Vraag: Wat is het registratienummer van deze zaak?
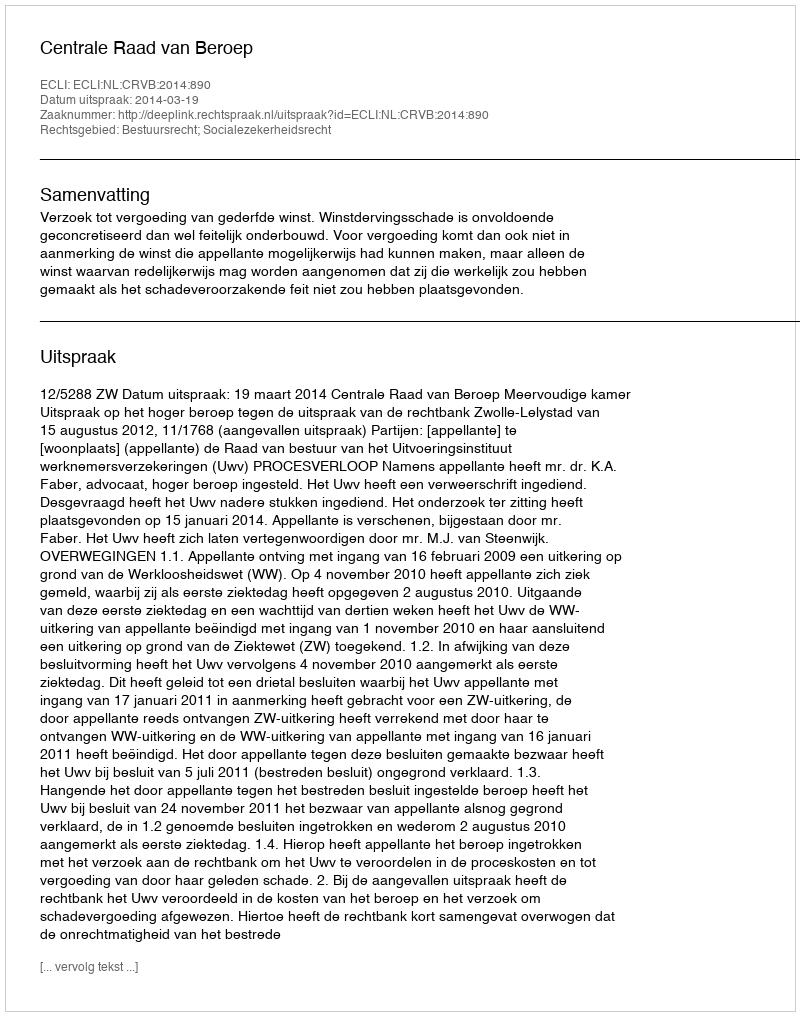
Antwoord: http://deeplink.rechtspraak.nl/uitspraak?id=ECLI:NL:CRVB:2014:890